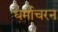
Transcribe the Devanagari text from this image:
धर्माचरन